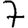
Digit: 7